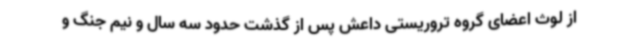
از لوث اعضای گروه تروریستی داعش پس از گذشت حدود سه سال و نیم جنگ و